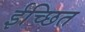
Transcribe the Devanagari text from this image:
ईच्छित